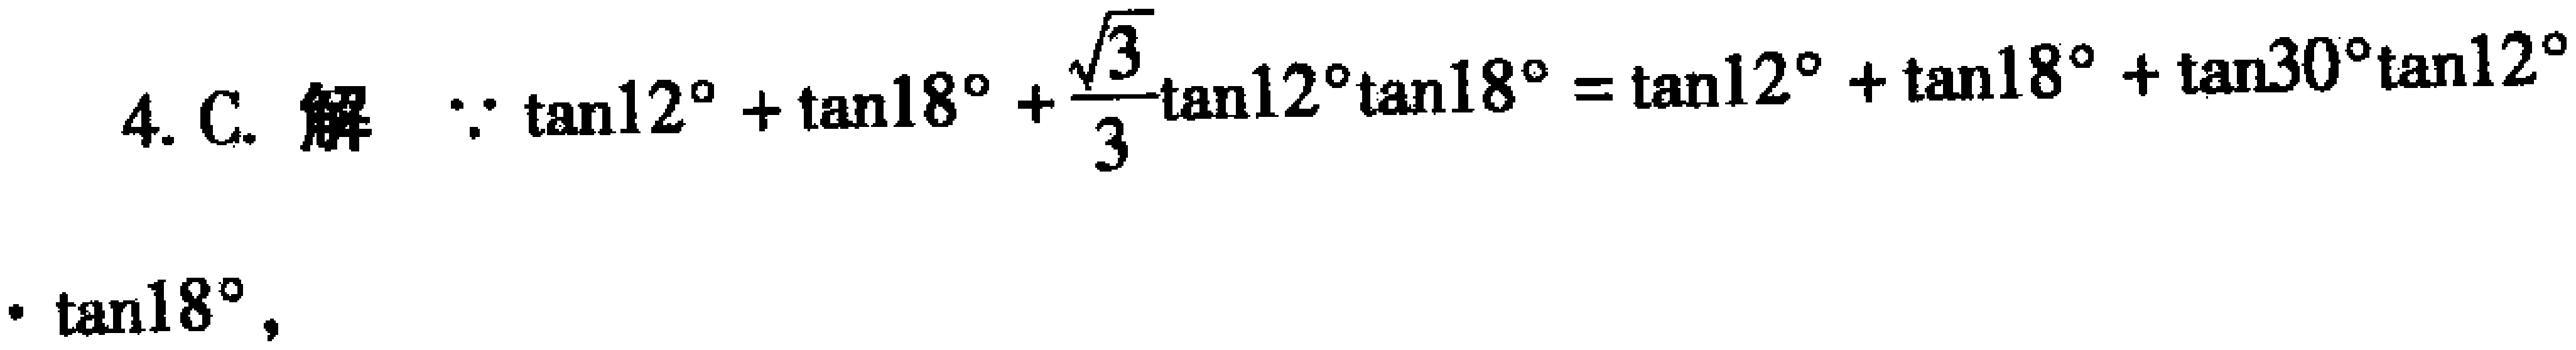
4. C. 解 $\because \tan12^{\circ}+\tan18^{\circ}+\frac{\sqrt{3}}{3}\tan12^{\circ}\tan18^{\circ}=\tan12^{\circ}+\tan18^{\circ}+\tan30^{\circ}\tan12^{\circ}$
$\cdot \tan18^{\circ}$,